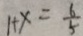
1 + x = \frac { 6 } { 5 }